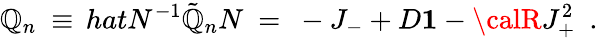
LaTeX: \mathbb{Q}_{n}\ \equiv\, hat{N}^{-1}\tilde{{\mathbb{Q}}}_{n}N\ =\ -J_{-}+D{\mathbf{1}}-{\calR}J_{+}^{2}\ \ .